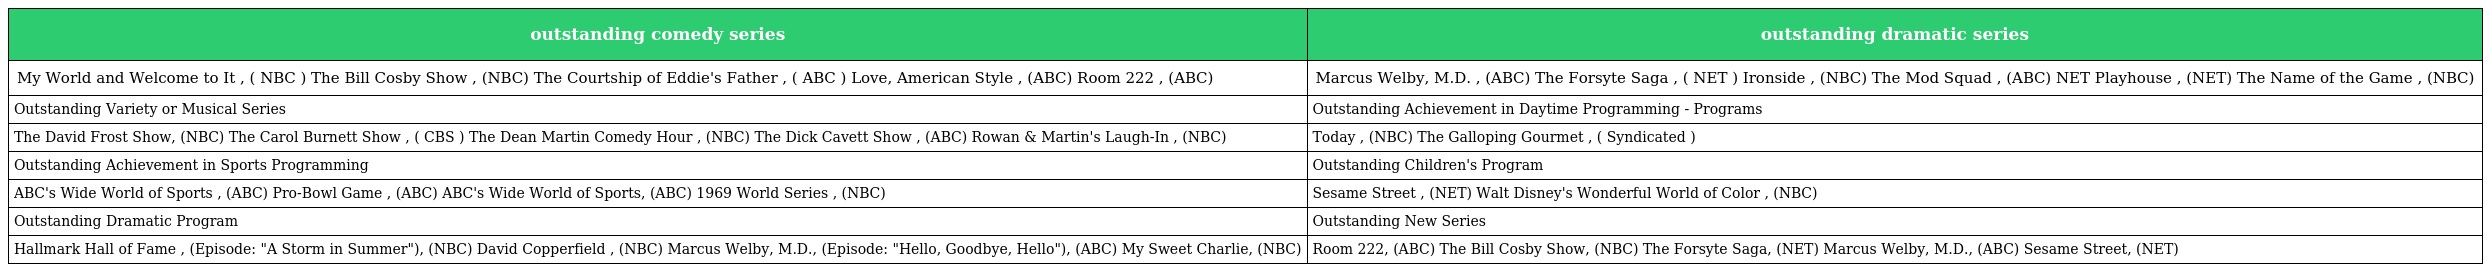
| outstanding comedy series | outstanding dramatic series |
 | --- | --- |
 | My World and Welcome to It , ( NBC ) The Bill Cosby Show , (NBC) The Courtship of Eddie's Father , ( ABC ) Love, American Style , (ABC) Room 222 , (ABC) | Marcus Welby, M.D. , (ABC) The Forsyte Saga , ( NET ) Ironside , (NBC) The Mod Squad , (ABC) NET Playhouse , (NET) The Name of the Game , (NBC) |
 | Outstanding Variety or Musical Series | Outstanding Achievement in Daytime Programming - Programs |
 | The David Frost Show, (NBC) The Carol Burnett Show , ( CBS ) The Dean Martin Comedy Hour , (NBC) The Dick Cavett Show , (ABC) Rowan & Martin's Laugh-In , (NBC) | Today , (NBC) The Galloping Gourmet , ( Syndicated ) |
 | Outstanding Achievement in Sports Programming | Outstanding Children's Program |
 | ABC's Wide World of Sports , (ABC) Pro-Bowl Game , (ABC) ABC's Wide World of Sports, (ABC) 1969 World Series , (NBC) | Sesame Street , (NET) Walt Disney's Wonderful World of Color , (NBC) |
 | Outstanding Dramatic Program | Outstanding New Series |
 | Hallmark Hall of Fame , (Episode: "A Storm in Summer"), (NBC) David Copperfield , (NBC) Marcus Welby, M.D., (Episode: "Hello, Goodbye, Hello"), (ABC) My Sweet Charlie, (NBC) | Room 222, (ABC) The Bill Cosby Show, (NBC) The Forsyte Saga, (NET) Marcus Welby, M.D., (ABC) Sesame Street, (NET) |